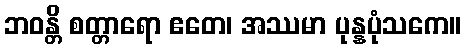
ဘဝန္တိ စတ္တာရော ဧတေ၊ အဿမာ ပုန္နပုံသကေ။